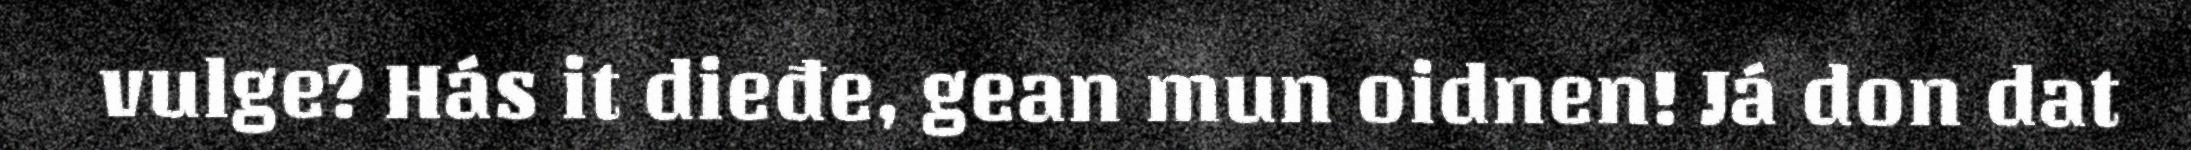
vulge? Hás it dieđe, gean mun oidnen! Já don dat